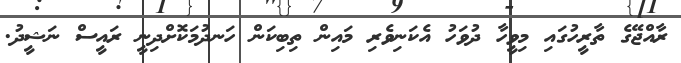
ރާއްޖޭގެ ތާރީހުގައި މިވީހާ ދުވަހު އެކަނިވެރި މައިން ތިބިކަން ހަނދުމަކޮށްދިނީ ރައީސް ނަޝީދު.